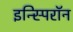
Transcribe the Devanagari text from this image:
इन्स्पिरॉन